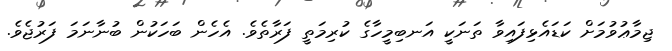
ޖިމާޢުވުމަށް ކަޑައެޅިފައިވާ ތަނަކީ އަނބިމީހާގެ ކުރިމަތީ ފަރާތެވެ. އެހެން ބަހަކުން ބުނާނަމަ ފަރުޖެވެ.